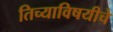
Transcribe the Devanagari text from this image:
तिच्याविषयीचे